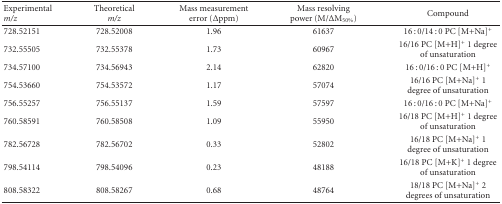
<table><thead><tr><td><b> Experimental <i>m/z </i></b></td><td><b>Theoretical <i>m/z </i></b></td><td><b>Mass measurement error (Δppm)</b></td><td><b>Mass resolving power (M/ΔM<sub>50%</sub>)</b></td><td><b>Compound</b></td></tr></thead><tbody><tr><td>728.52151</td><td>728.52008</td><td>1.96</td><td>61637</td><td>16 : 0/14 : 0 PC [M+Na]<sup>+</sup></td></tr><tr><td>732.55505</td><td>732.55378</td><td>1.73</td><td>60967</td><td>16/16 PC [M+H]<sup>+</sup> 1 degree of unsaturation</td></tr><tr><td>734.57100</td><td>734.56943</td><td>2.14</td><td>62820</td><td>16 : 0/16 : 0 PC [M+H]<sup>+</sup></td></tr><tr><td>754.53660</td><td>754.53572</td><td>1.17</td><td>57074</td><td>16/16 PC [M+Na]<sup>+</sup> 1 degree of unsaturation</td></tr><tr><td>756.55257</td><td>756.55137</td><td>1.59</td><td>57597</td><td>16 : 0/16 : 0 PC [M+Na]<sup>+</sup></td></tr><tr><td>760.58591</td><td>760.58508</td><td>1.09</td><td>55950</td><td>16/18 PC [M+H]<sup>+</sup> 1 degree of unsaturation</td></tr><tr><td>782.56728</td><td>782.56702</td><td>0.33</td><td>52802</td><td>16/18 PC [M+Na]<sup>+</sup> 1 degree of unsaturation</td></tr><tr><td>798.54114</td><td>798.54096</td><td>0.23</td><td>48188</td><td>16/18 PC [M+K]<sup>+</sup> 1 degree of unsaturation</td></tr><tr><td>808.58322</td><td>808.58267</td><td>0.68</td><td>48764</td><td>18/18 PC [M+Na]<sup>+</sup> 2 degrees of unsaturation</td></tr></tbody></table>